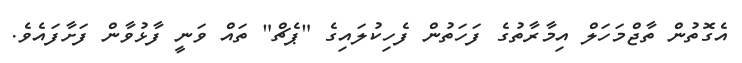
އެގޮތުން ތާޖްމަހަލް އިމާރާތުގެ ފަހަތުން ފެހިކުލައިގެ "ޕެޗް" ތައް ވަނީ ފާޅުވާން ފަށާފައެވެ.